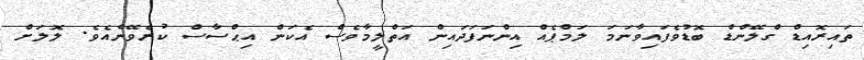
ތައިރޮއިޑް ގްލޭންޑް ބޮޑުވެފައިވާނަމަ ލަމްޕެއް އިންނަފަދައިން އަތްލީމާވެސް އެކަން އިޙްސާސް ކުރެވޭނެއެވެ. ލޮލަށް